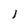
Character: j